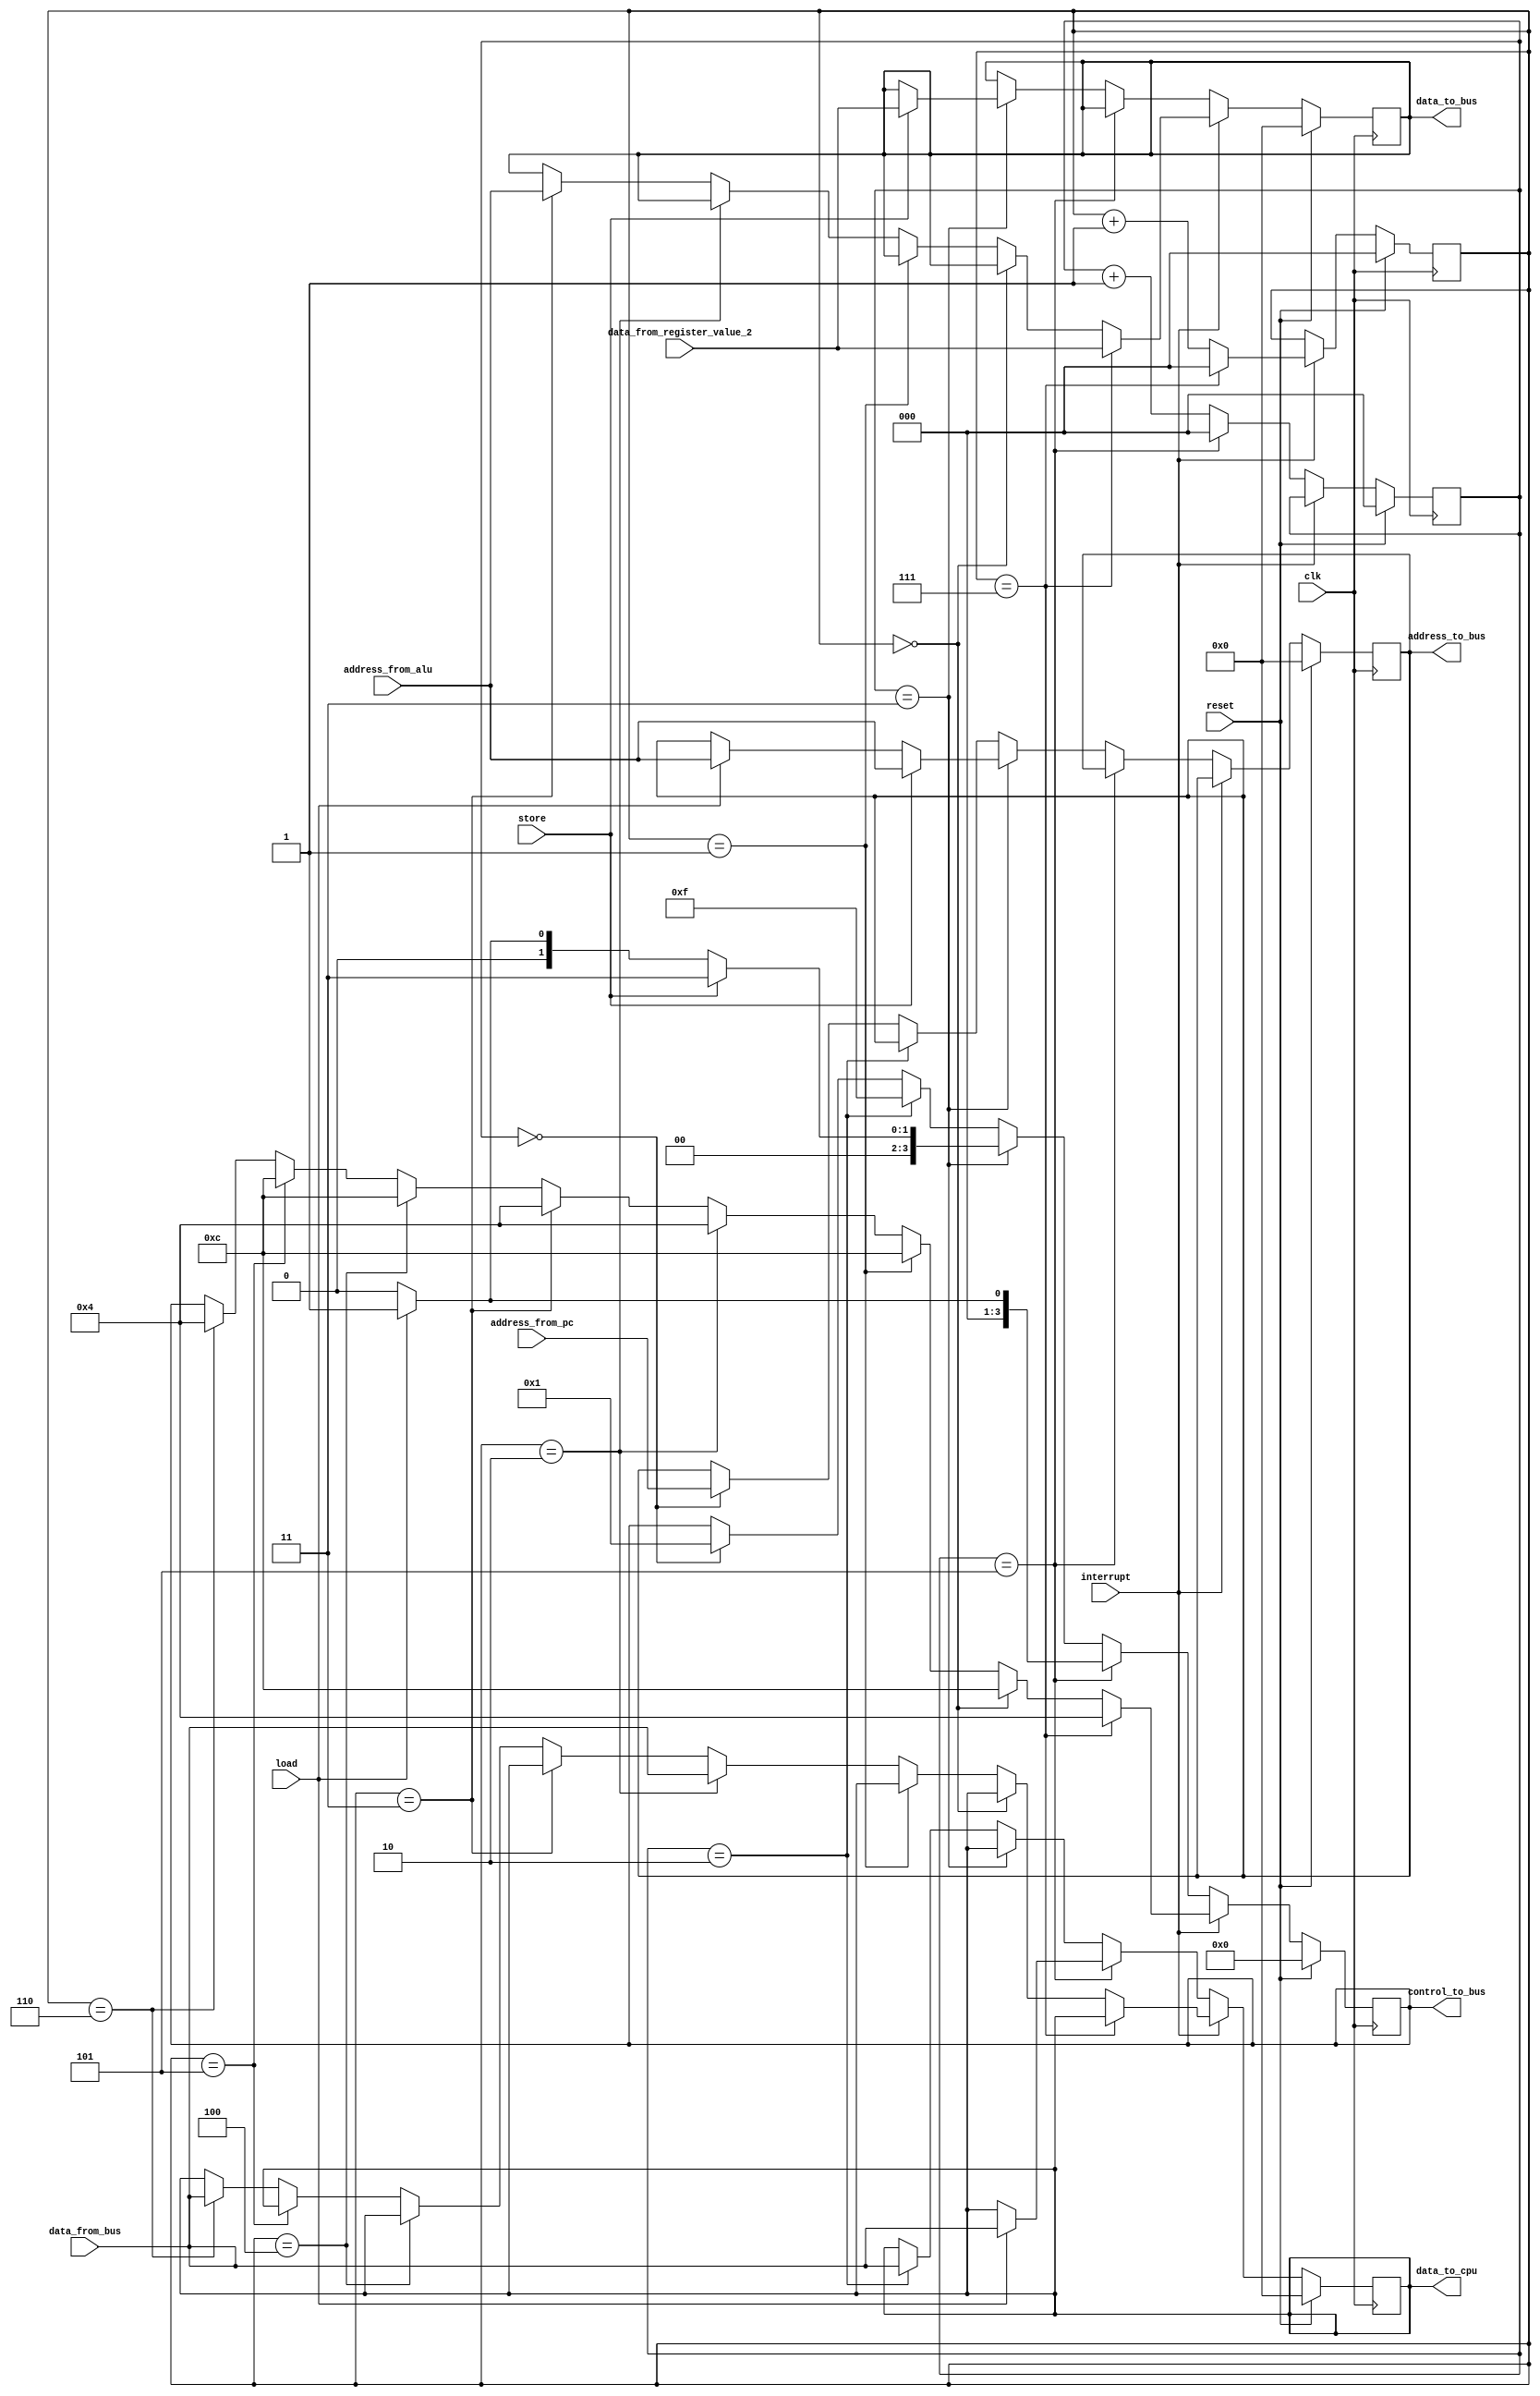
`timescale 1ns / 1ps
//////////////////////////////////////////////////////////////////////////////////
// Company: 
// Engineer: 
// 
// Design Name: 
// Module Name:    cpu_io 
// Project Name: 
// Target Devices: 
// Tool versions: 
// Description: 
//
// Dependencies: 
//
// Revision: 
// Revision 0.01 - File Created
// Additional Comments: 
//
//////////////////////////////////////////////////////////////////////////////////
module cpu_io(
	input clk,
	input[31:0] address_from_pc,
	input[31:0] address_from_alu,
	input[31:0] data_from_register_value_2,
	input[31:0] data_from_bus,
	input store,
	input load,
	input reset,
	input interrupt,
	
	output reg [31:0] address_to_bus, 
	output reg [31:0] data_to_bus,
	output reg [31:0] data_to_cpu,
	output reg [3:0]control_to_bus
	
    );
	

	
	reg [2:0] counter ;
	reg [2:0] counter_for_interrupt;
	
	always @ ( posedge clk ) begin	
		
		if (reset) begin 		
		address_to_bus <= 0;
		data_to_bus <= 0 ;
		data_to_cpu <= 0;
		control_to_bus <= 0 ;
		counter <= 0 ;		
		counter_for_interrupt <= 0;
		end 		
		
		else begin
			if (interrupt) begin
			counter_for_interrupt <= counter_for_interrupt + 3'b001;	
				
				if (counter_for_interrupt == 3'b111 ) begin         //     0
					data_to_bus <= data_from_register_value_2 ;  //  4    alu      ,,       .
					control_to_bus <= 4'b0100;  //   tristate  //  gp enable  //  0  //  0  
					counter_for_interrupt <= 3'b000;		
				end 

				else if (counter_for_interrupt == 3'b000 ) begin       //   1
					//data_to_cpu <= 0 ;
					control_to_bus <= 4'b1100 ;  			
				end 

				else if (counter_for_interrupt == 3'b001 ) begin    //    2
					//data_to_cpu <= 0 ;	
					control_to_bus <= 4'b1100;  //   tristate  //  gp enable  //  0  //  0  
				end 

				else if (counter_for_interrupt == 3'b010 ) begin     //     3
					data_to_cpu <= data_from_bus ;			
					control_to_bus <= 4'b0100;  //   tristate  //  gp enable  //  0  //  0  
				end 	 	
				
				else if (counter_for_interrupt == 3'b011 ) begin         //     4
					data_to_bus <= address_from_alu ;  // alu result   .  //  4    alu      ,,       .
					control_to_bus <= 4'b0100;  //   tristate  //  gp enable  //  0  //  0  
				end 

				else if (counter_for_interrupt == 3'b100 ) begin       //   5
					//data_to_cpu <= 0;
					control_to_bus <= 4'b1100 ;  			
				end 

				else if (counter_for_interrupt == 3'b101 ) begin    //    6
					//data_to_cpu <= 0 ;  
					control_to_bus <= 4'b1100;  //   tristate  //  gp enable  //  0  //  0  
				end 

				else if (counter_for_interrupt == 3'b110 ) begin     //     7
					data_to_cpu <= data_from_bus ;			
					control_to_bus <= 4'b0100;  //   tristate  //  gp enable  //  0  //  0  
				end 	 	
				
			end 
			
			else begin
			counter <= counter + 3'b001;
		
				if (counter == 3'b101 ) begin         //     0
				counter <=  2'b00;
					if(load) begin
					control_to_bus <= 4'b0001 ;
					data_to_cpu <= data_from_bus;	 //  load      .
					end 
					else begin
					control_to_bus <= 4'b0000;					
					end 
				end 

				else if (counter == 3'b011 ) begin       //   4
					if(store) begin     // memwrite_from_control  1   memread     STORE
					address_to_bus <= address_from_alu ;
					data_to_bus <= data_from_register_value_2 ;
					control_to_bus <= 4'b0011 ;  // ---------------------------we 1     .--------------------   				
			
					//       /     /   we  /  en  /				
					end 				
					else if(load) begin   // LOAD 				
					address_to_bus <= address_from_alu ;  
					control_to_bus <= 4'b0001 ;   // ------------------------  we 0     .   --------    .
					end 		
					
					else begin
					control_to_bus <= 4'b0000;
					end 
					
				end 

				else if (counter == 3'b010 ) begin    //    3
				data_to_cpu <= data_from_bus ;
				control_to_bus <= 4'b1111 ;		
				end 

				else if (counter == 3'b000 ) begin     //     1
				address_to_bus <= address_from_pc ;
				control_to_bus <= 4'b0001;  //   	
				end 	 	

				else if (counter == 3'b001 ) begin    //    2
				end 
				
				
				else if (counter == 3'b100 ) begin    //    5
				end 

	
			end 	
		end	
	end 	
	
endmodule